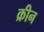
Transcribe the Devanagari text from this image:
क्रीन